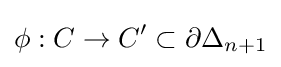
\phi :C\to C'\subset \partial \Delta _{n+1}